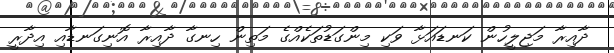
ދާއިރާ މަޖިލީހުން ކަނޑައަޅާ ވަކި މިންގަޑުތަކެއްގެ މަތިން ހިނގާ ދާއިރާ އޮނިގަނޑާއި އިދާރީ